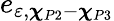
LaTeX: e_{\varepsilon,\boldsymbol{\chi}_{P2}-\boldsymbol{\chi}_{P3}}